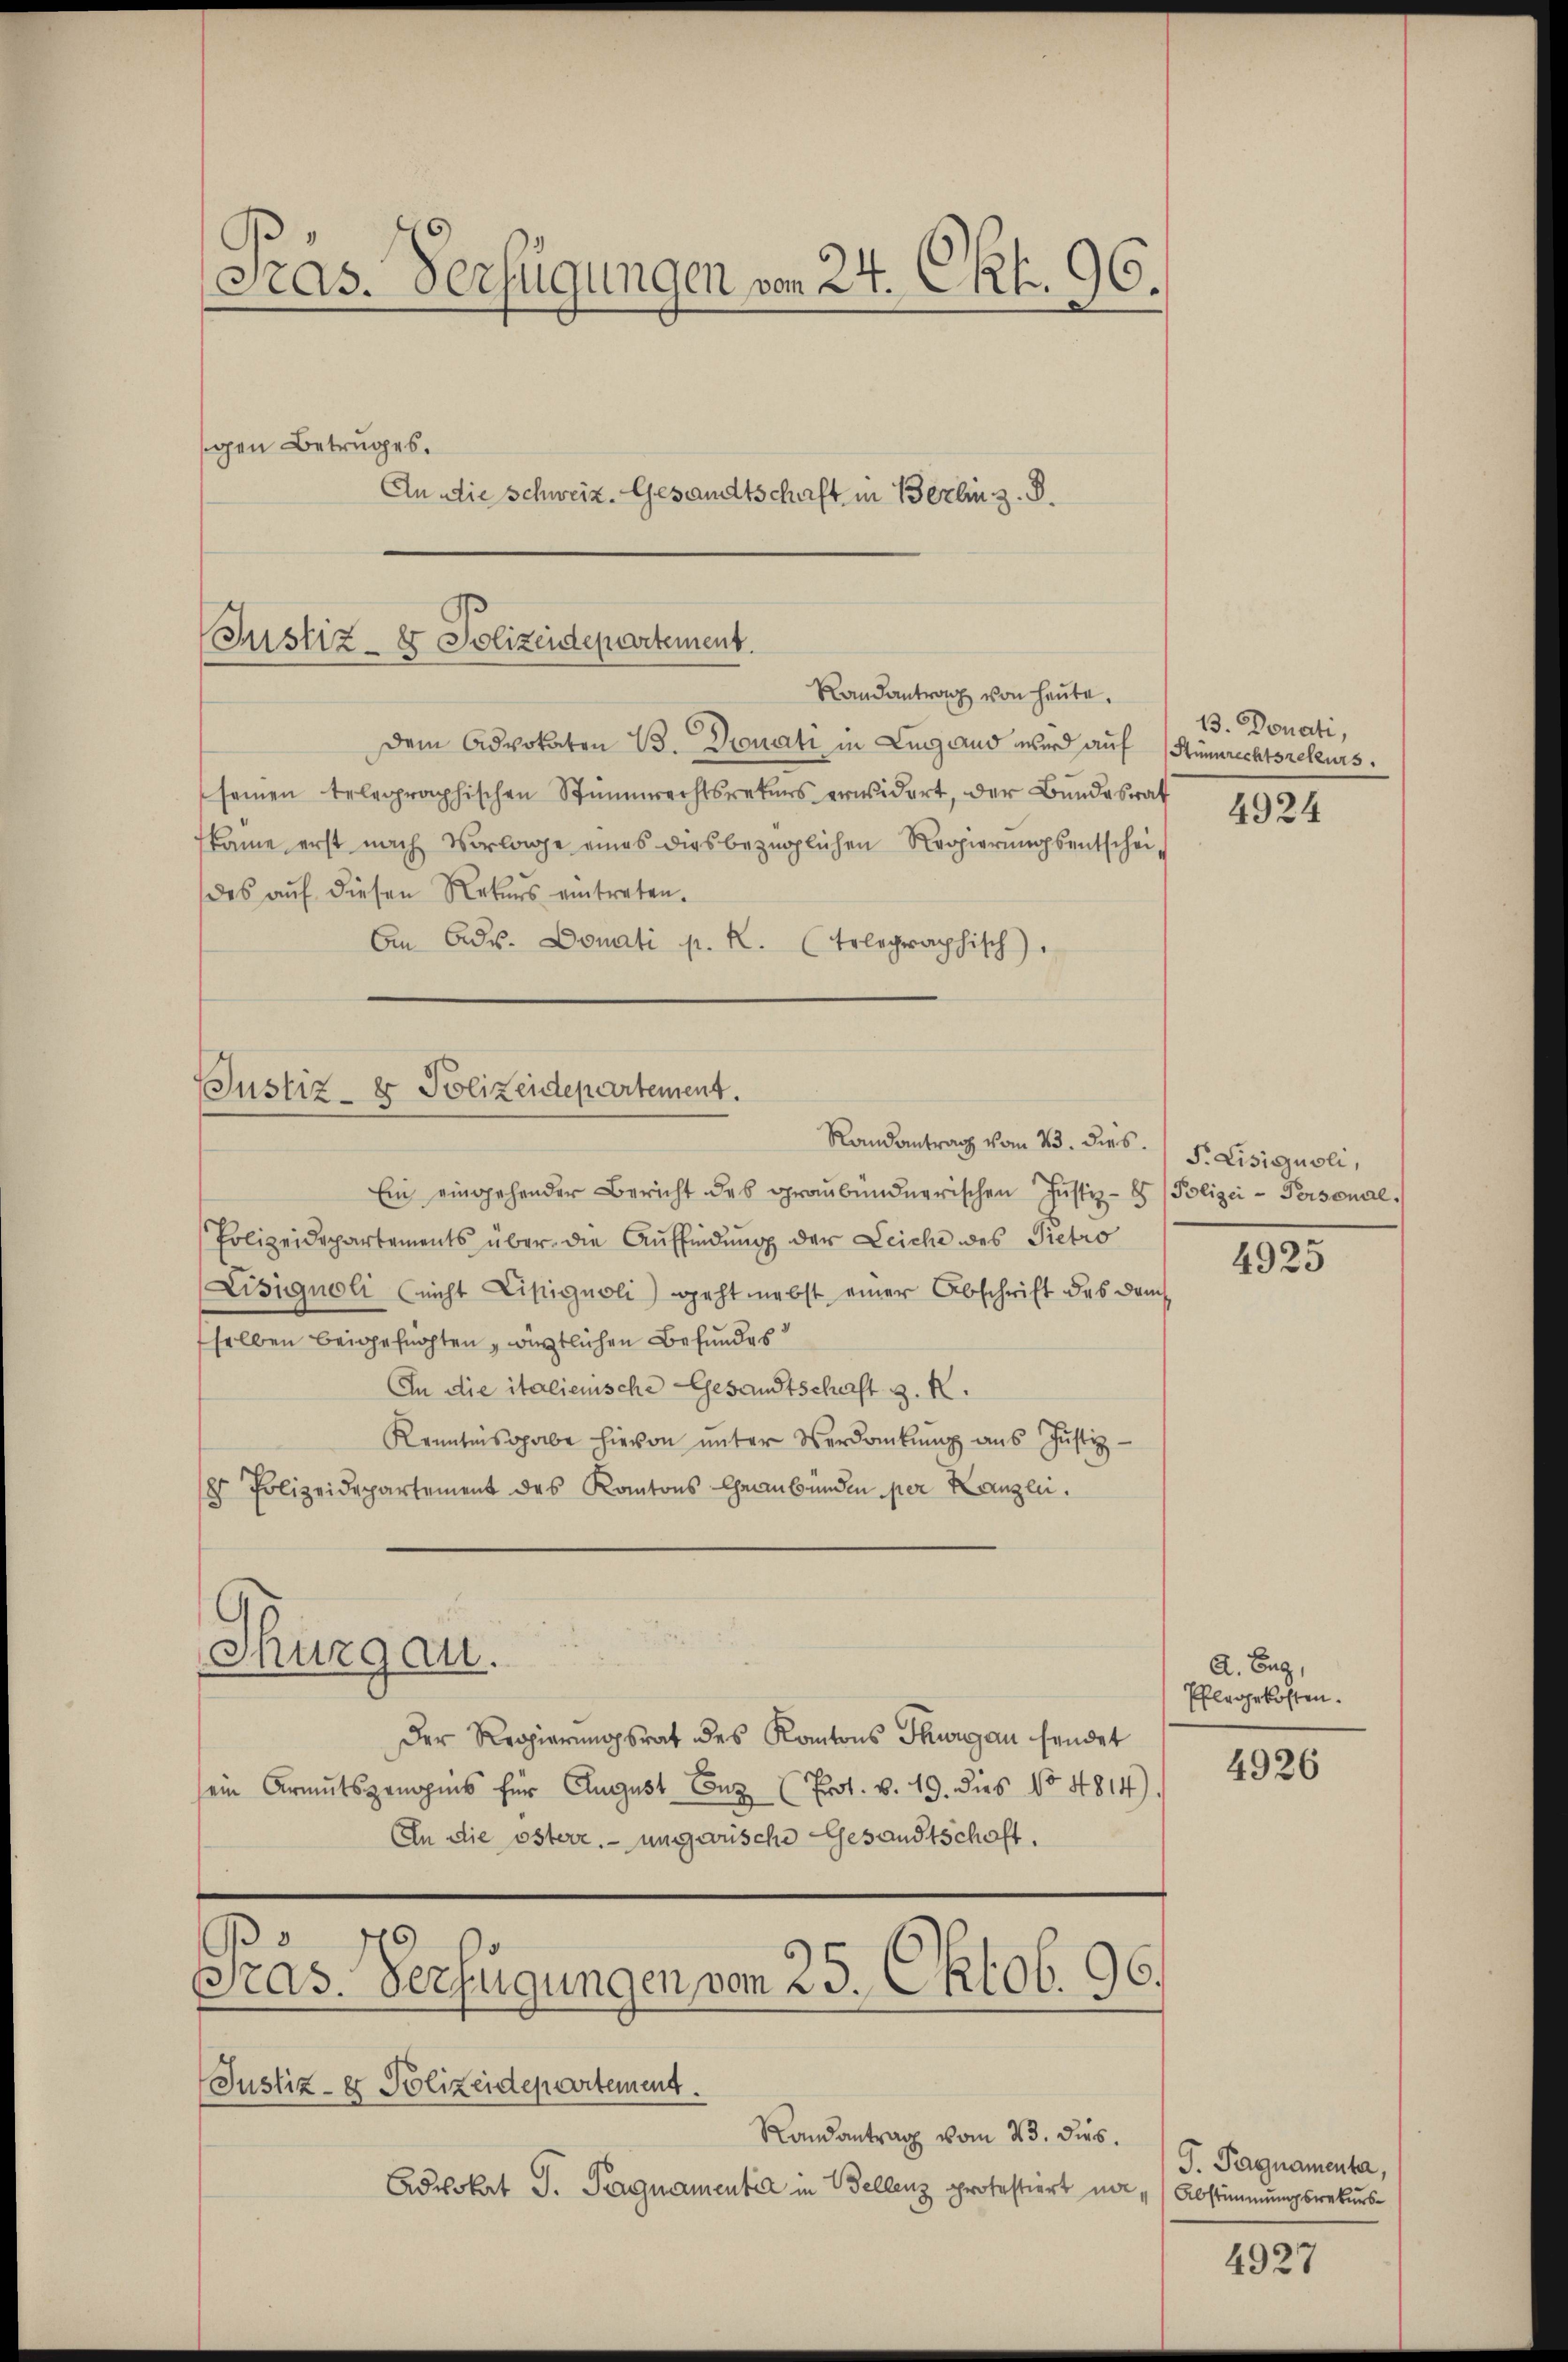
Präs. Verfügungen von 24. Okt. 96.
gen Betruges.
An die Schweiz. Gesandtschaft in Berlin z. B.

Justiz- & Polizeidepartement.
Randantrag von heute.

dem Advokaten B. Dronati in Ligand wird auf Stimmrechtsrefeurs.
seinen telegraphischen Stimmrechtsreters erwidert, der Bundesrat
kame erst nach Vorlage eines diesbezüglichen Regierŭngsentscheides auf diesen Rekurs eintreten.
An Adv. Donati p. K. (Telegraphisch).
Justiz- & Polizeidepartement.

Thurgau.

Randantrag vom 23. dies. S. Lisiszuoli,
Ein eingehender Bericht des graubündnerischen Justiz- & Polizei-Personal.
Polizeidepartements über die Auffindung der Leiche des Pietro
Lisignoli (nicht Lipignoli) geht nebst einer Abschrift des dam
selben beigefürchten, westlichen Befundes
An die italienische Gesandtschaft z. K.
Kenntnisgabe hievon ŭnter Verdankŭng ans Justiz-
8 Polizeidepartement des Kantons Graubünden per Kanzlei.
Der Regierungsrat des Kantons Thurgau sendet
sein Armutsgenos für August Conz (Prot. v. 19. dies No 4814).
An die österr. ungarische Gesandtschaft.
Präs. Verfügungen vom 25. Oktob. 96.
Justiz- & Polizeidepartement.
Randantrag vom 23. dies.
Advokat J. Tragnamentia in Bellenz protestiert na

13. Donati,

4924

4925

A. Burg,
Pflegekosten.

4926

J. Pagnamenta,
Abstimmungsrekurs¬

4927